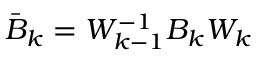
\bar { B } _ { k } = W _ { k - 1 } ^ { - 1 } B _ { k } W _ { k }